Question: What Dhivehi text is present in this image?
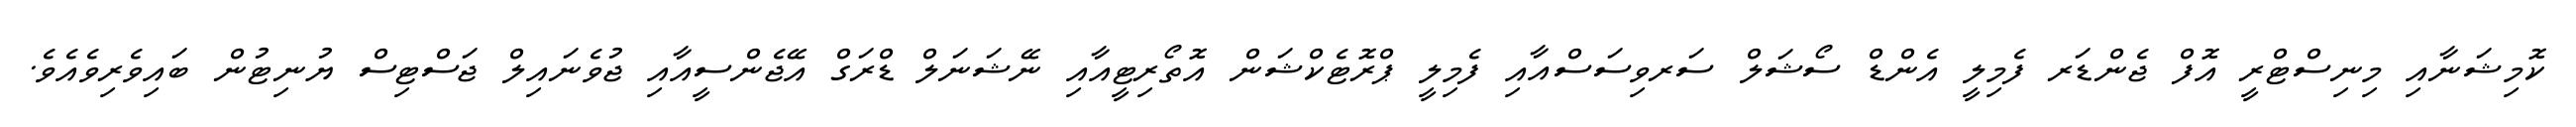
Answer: ކޮމިޝަނާއި މިނިސްޓްރީ އޮފް ޖެންޑަރ ފެމިލީ އެންޑް ސޯޝަލް ސަރވިސަސްއާއި ފެމިލީ ޕްރޮޓެކްޝަން އޮތޯރިޓީއާއި ނޭޝަނަލް ޑްރަގް އޭޖެންސީއާއި ޖުވެނައިލް ޖަސްޓިސް ޔުނިޓުން ބައިވެރިވެއެވެ.